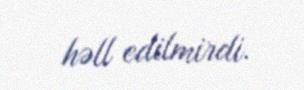
həll edilmirdi.